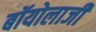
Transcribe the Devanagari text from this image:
बॉयोलाजी